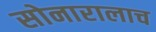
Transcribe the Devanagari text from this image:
सोनारालाच